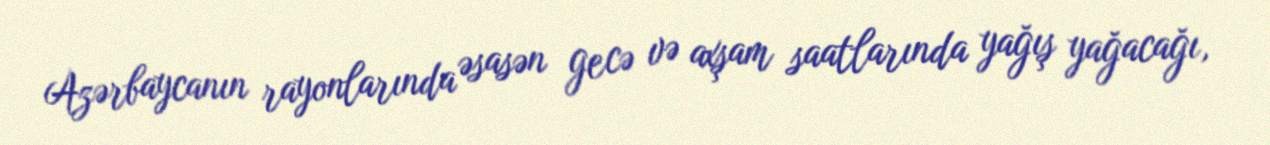
Azərbaycanın rayonlarında əsasən gecə və axşam saatlarında yağış yağacağı,